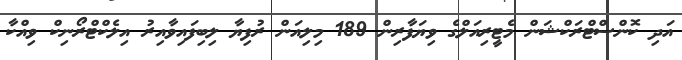
އަދި ކޮންސްޓްރަކްޝަން މެޓީރިއަލްގެ ވިޔަފާރިން 189 މިލިއަން ރުފިޔާ ލިބިފައިވާއިރު އިލެކްޓްރޯނިކް ވިއްކާ